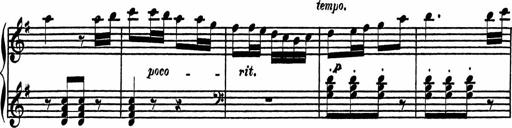
Title: 4 Piano Sonatinas
Composer: Adam Geibel